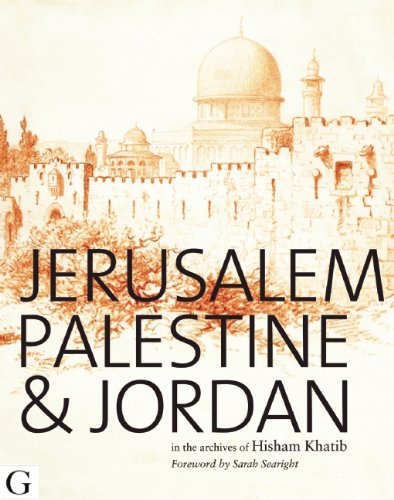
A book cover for Jerusalem, Palestine and Jordan: Images of the Holy Land; Dr Hisham Khatib; History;